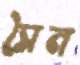
সৈন